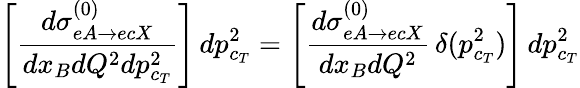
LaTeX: \left[\frac{d{\sigma}_{eA\rightarrow ecX}^{(0)}}{dx_{B}dQ^{2}dp_{c_{T}}^{2}}\right]\, dp_{c_{T}}^{2}=\left[\frac{d{\sigma}_{eA\rightarrow ecX}^{(0)}}{dx_{B}dQ^{2}}\, \delta(p_{c_{T}}^{2})\right]\, dp_{c_{T}}^{2}